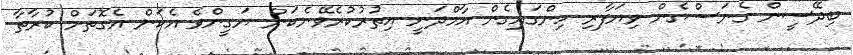
ބިދޭސީން ގެނަސްގެން ވިޔަފާރި ހިންގައިގެން އާމްދަނީ އިތުރުކުރެވޭނެކަން ޔަގީންވެ އެކަން އެގޮތަށް ކުރާތާ